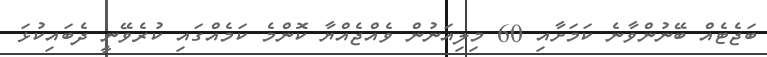
ބަޖެޓެއް ބޭނުންވާނެ ކަމަށާއި 60 މިލިއަނުން ވެއްޖެއްޔާ ކޮންމެ ކަމެއްގައި ކުރެވޭނީ ދެބައިކުޅަ